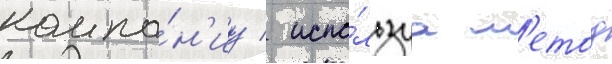
компа́н'иу / испо́льзуа м'етод